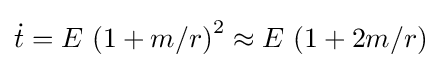
{\dot {t}}=E\,\left(1+m/r\right)^{2}\approx E\,\left(1+2m/r\right)